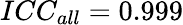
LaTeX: ICC_{all}=0.999